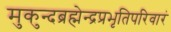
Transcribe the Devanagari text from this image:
मुकुन्दब्रह्मेन्द्रप्रभृतिपरिवारं